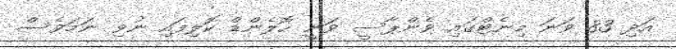
އަދި 83 ވަނަ މިނެޓްގައި ވެންޕާސީ ވަނީ ހޮލެންޑް ކޮލިފައި ނުވި ނަމަވެސް